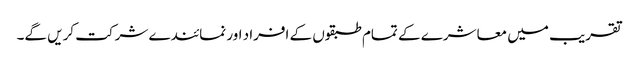
تقریب میں معاشرے کے تمام طبقوں کے افراد اور نمائندے شرکت کریں گے۔